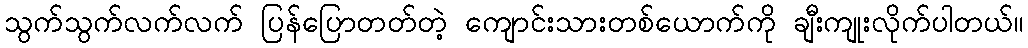
သွက်သွက်လက်လက် ပြန်ပြောတတ်တဲ့ ကျောင်းသားတစ်ယောက်ကို ချီးကျုးလိုက်ပါတယ်။